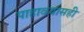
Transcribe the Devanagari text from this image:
पाहावयासही